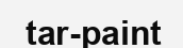
tar-paint